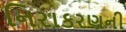
નિરાકરણની